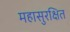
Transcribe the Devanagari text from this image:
महासुरक्षित